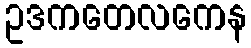
ဥဒကတေလကေန